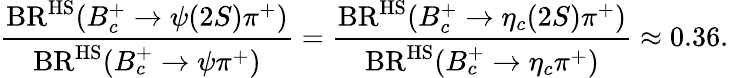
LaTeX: \frac{\mathrm{BR}^{\mathrm{HS}}(B_{c}^{+}\to\psi(2S)\pi^{+})}{\mathrm{BR}^{\mathrm{HS}}(B_{c}^{+}\to\psi\pi^{+})}=\frac{\mathrm{BR}^{\mathrm{HS}}(B_{c}^{+}\to\eta_{c}(2S)\pi^{+})}{\mathrm{BR}^{\mathrm{HS}}(B_{c}^{+}\to\eta_{c}\pi^{+})}\approx 0.36.